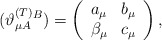
\begin{align*}(\vartheta _{\mu A}^{{\footnotesize (T)}}{}^{B})=\left( \begin{array}{cc}a_{\mu } & b_{\mu } \\ \beta _{\mu } & c_{\mu }\end{array}\right) , \end{align*}